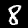
Label: 8